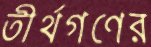
তীর্থগণের